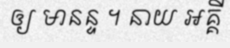
ឲ្យ មានន្ទ ។ នាយ អគ្គី